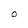
Character: O